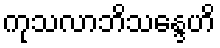
ကုသလာဘိသန္ဒေဟိ